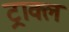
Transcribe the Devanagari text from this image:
ट्राक्ल